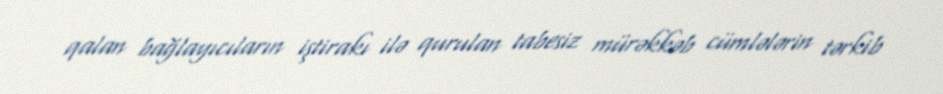
qalan bağlayıcıların iştirakı ilə qurulan tabesiz mürəkkəb cümlələrin tərkib